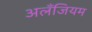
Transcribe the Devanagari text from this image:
अलँजियम